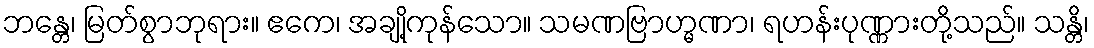
ဘန္တေ၊ မြတ်စွာဘုရား။ ဧကေ၊ အချို့ကုန်သော။ သမဏဗြာဟ္မဏာ၊ ရဟန်းပုဏ္ဏားတို့သည်။ သန္တိ၊